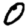
Digit: 0